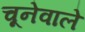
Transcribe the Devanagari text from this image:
चूनेवाले